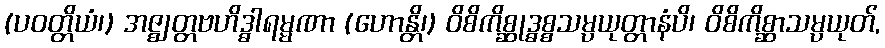
(ပဝတ္တိယံ၊) အဇ္ဈတ္တဗဟိဒ္ဓါရမ္မဏာ (ဟောန္တိ၊) ဝိစိကိစ္ဆုဒ္ဓစ္စသမ္ပယုတ္တာနံပိ၊ ဝိစိကိစ္ဆာသမ္ပယုတ်,